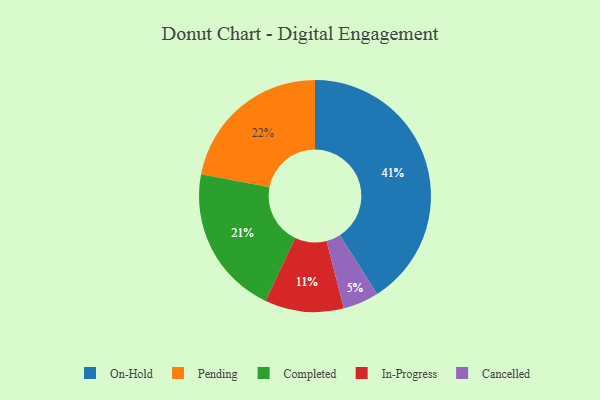
{"axis": {"x": "Category", "y": "Percentage"}, "legend": ["Cancelled", "Completed", "In-Progress", "On-Hold", "Pending"], "data": [{"x": "Pending", "y": 22, "type": "Pending"}, {"x": "On-Hold", "y": 41, "type": "On-Hold"}, {"x": "In-Progress", "y": 11, "type": "In-Progress"}, {"x": "Cancelled", "y": 5, "type": "Cancelled"}, {"x": "Completed", "y": 21, "type": "Completed"}]}